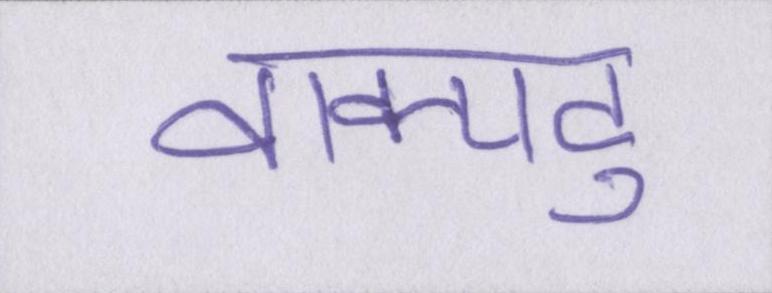
वाक्पटु